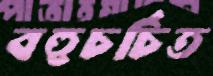
বহুচর্চিত